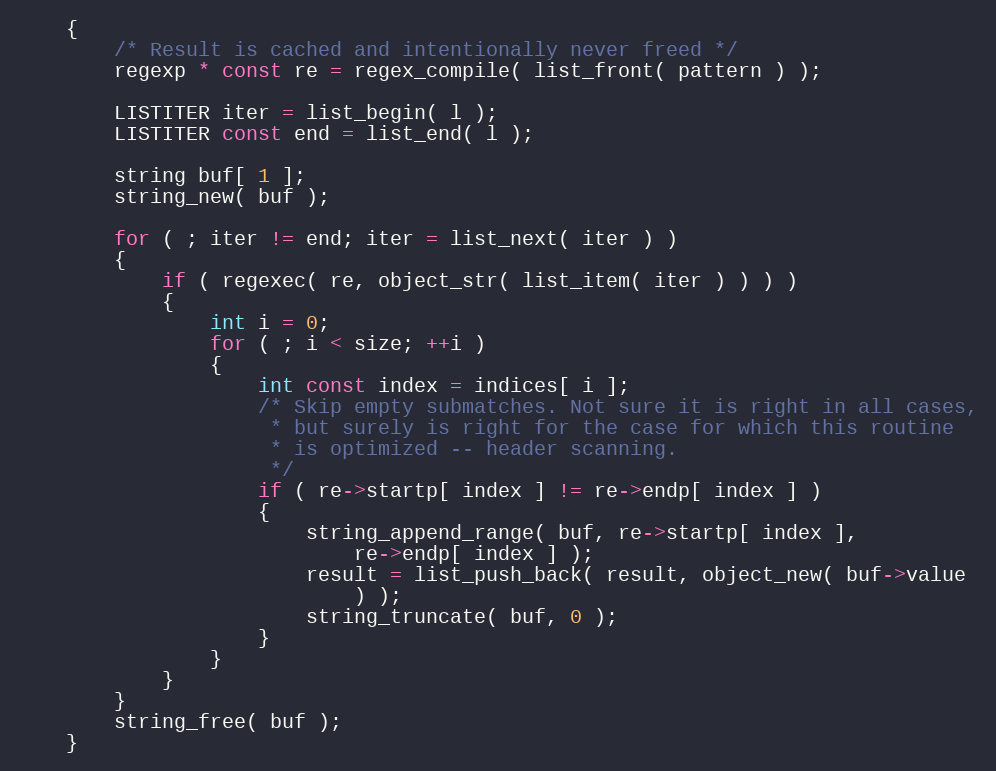
Language: C
    {
        /* Result is cached and intentionally never freed */
        regexp * const re = regex_compile( list_front( pattern ) );

        LISTITER iter = list_begin( l );
        LISTITER const end = list_end( l );

        string buf[ 1 ];
        string_new( buf );

        for ( ; iter != end; iter = list_next( iter ) )
        {
            if ( regexec( re, object_str( list_item( iter ) ) ) )
            {
                int i = 0;
                for ( ; i < size; ++i )
                {
                    int const index = indices[ i ];
                    /* Skip empty submatches. Not sure it is right in all cases,
                     * but surely is right for the case for which this routine
                     * is optimized -- header scanning.
                     */
                    if ( re->startp[ index ] != re->endp[ index ] )
                    {
                        string_append_range( buf, re->startp[ index ],
                            re->endp[ index ] );
                        result = list_push_back( result, object_new( buf->value
                            ) );
                        string_truncate( buf, 0 );
                    }
                }
            }
        }
        string_free( buf );
    }